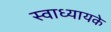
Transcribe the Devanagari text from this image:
स्‍वाध्‍यायके